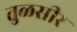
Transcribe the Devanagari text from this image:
तुळसीर